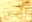
أسافر